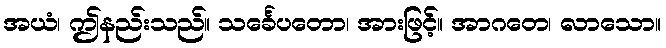
အယံ၊ ဤနည်းသည်။ သင်္ခေပတော၊ အားဖြင့်။ အာဂတေ၊ လာသော။